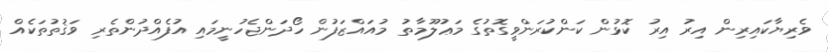
ވެރިޔާކައިރިން އިރު އިރު ކޮޅުން ކަންކުރަންވީގޮތުގެ މަޢުލޫމާތު މުއައްޒަފުން ހޯދަންޖެހުނީމައި އުފެއްދުންތެރި ވަޤުތުތަކެއް